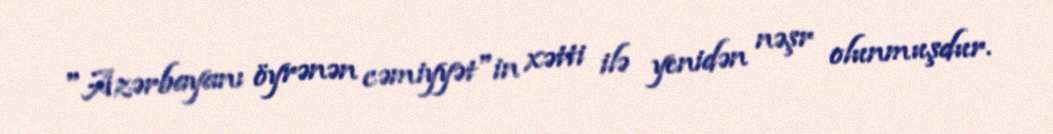
"Azərbayanı öyrənən cəmiyyət"in xətti ilə yenidən nəşr olunmuşdur.